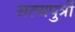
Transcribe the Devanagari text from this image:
सत्यपुत्रों